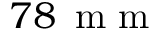
7 8 \, \textrm { m m }